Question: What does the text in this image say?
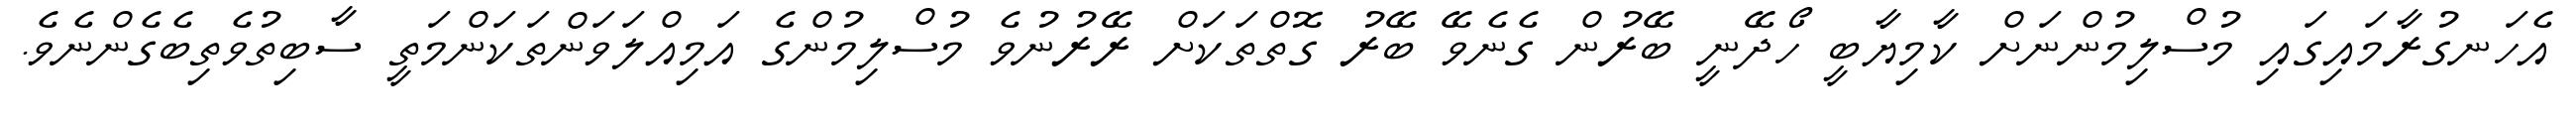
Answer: އެހަނގުރާމައިގައި މުސްލިމުންނަށް ކާމިޔާބީ ހޯދޭނީ ބޭރުން ގެނެވޭ ބޭރު ގޮތްތަކަށް ރޭރުނުވެ މުސްލިމުންގެ އަމިއްލަވަންތަކަންމަތީ ސާބިތުވެތިބެގެންނެވެ.